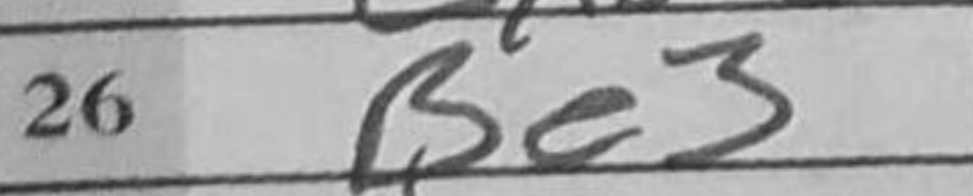
Transcription: Be3